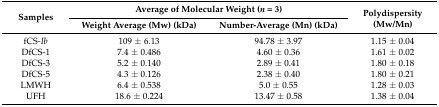
<table><thead><tr><td rowspan="2"><b>Samples</b></td><td colspan="2"><b>Average of Molecular Weight (<i>n</i> = 3)</b></td><td rowspan="2"><b>Polydispersity (Mw/Mn)</b></td></tr><tr><td><b>Weight Average (Mw) (kDa)</b></td><td><b>Number-Average (Mn) (kDa)</b></td></tr></thead><tbody><tr><td>fCS<i>-Ib</i></td><td>109 ± 6.13</td><td>94.78 ± 3.97</td><td>1.15 ± 0.04</td></tr><tr><td>DfCS-1</td><td>7.4 ± 0.486</td><td>4.60 ± 0.36</td><td>1.61 ± 0.02</td></tr><tr><td>DfCS-3</td><td>5.2 ± 0.140</td><td>2.89 ± 0.41</td><td>1.80 ± 0.18</td></tr><tr><td>DfCS-5</td><td>4.3 ± 0.126</td><td>2.38 ± 0.40</td><td>1.80 ± 0.21</td></tr><tr><td>LMWH</td><td>6.4 ± 0.538</td><td>5.0 ± 0.55</td><td>1.28 ± 0.03</td></tr><tr><td>UFH</td><td>18.6 ± 0.224</td><td>13.47 ± 0.58</td><td>1.38 ± 0.04</td></tr></tbody></table>